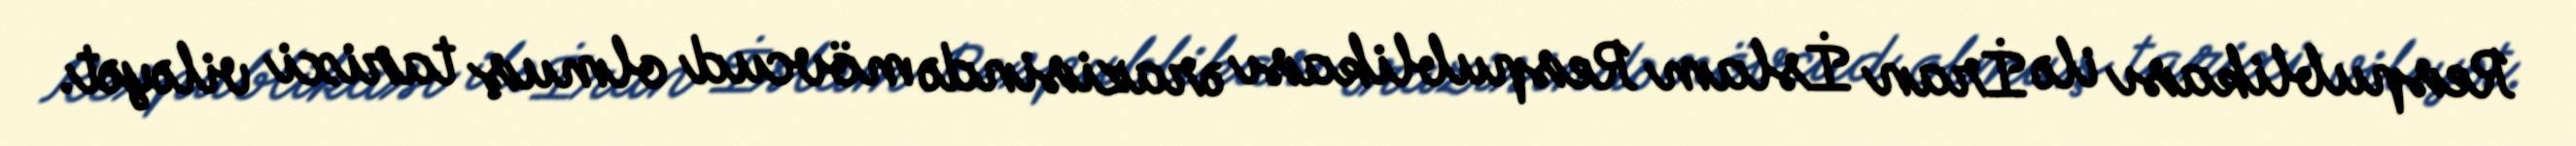
Respublikası ilə İran İslam Respublikası ərazisində mövcud olmuş tarixi viləyət.